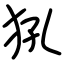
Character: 犼